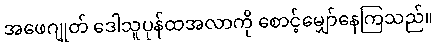
အဖေဂျုတ် ဒေါသူပုန်ထအလာကို စောင့်မျှော်နေကြသည်။